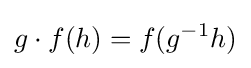
g\cdot f(h)=f(g^{-1}h)